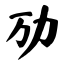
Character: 劢